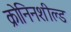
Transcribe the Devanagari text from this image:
क्रोनिनशील्ड